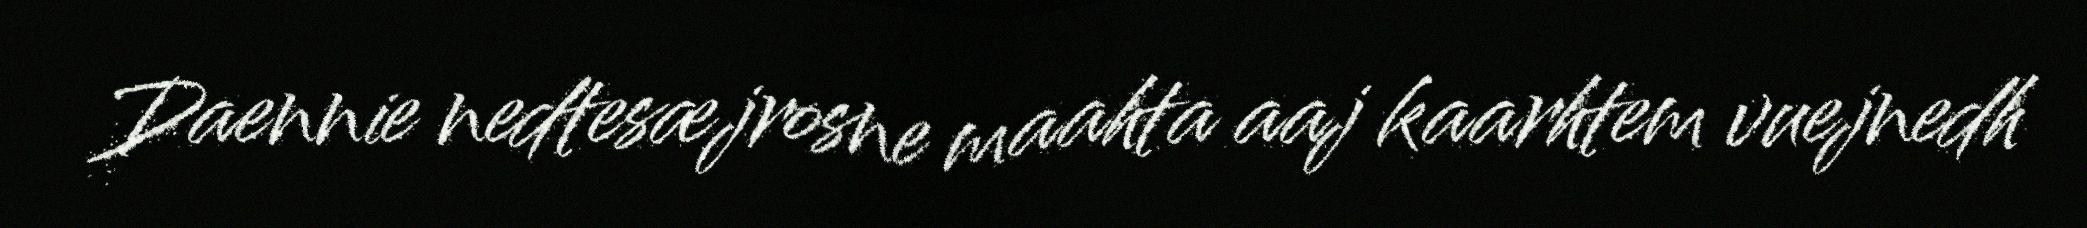
Daennie nedtesæjrosne maahta aaj kaarhtem vuejnedh